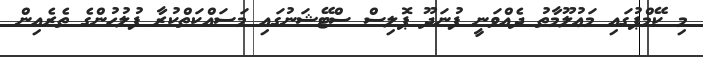
މި ކޭމްޕުގައި މަޢުލޫމާތު ދެއްވަނީ ފުނަދޫ ޕޮލިސް ސްޓޭޝަނުގައި މަސައްކަތްކުރާ ފުލުހުންގެ ތެރެއިން